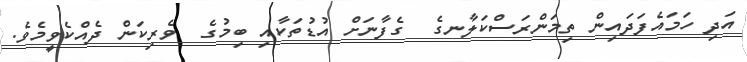
އަދި ހަމައެފަދައިން ތިމަންރަސްކަލާނގެ  ގެފާނަށް އުޑުތަކާއި ބިމުގެ  ވެރިކަން ދެއްކެވީމެވެ.